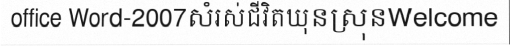
office Word-2007សំរស់ជីវិតឃុនស្រុនWelcome